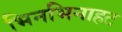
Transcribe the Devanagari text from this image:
भिनभिनाहट